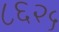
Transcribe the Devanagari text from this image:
८६२५